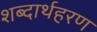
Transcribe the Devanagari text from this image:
शब्दार्थहरण